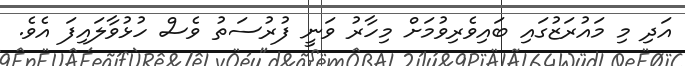
އަދި މި މައުރަޒުގައި ބައިވެރިވުމަށް މިހާރު ވަނީ ފުރުސަތު ވެސް ހުޅުވާލައިފަ އެވެ.